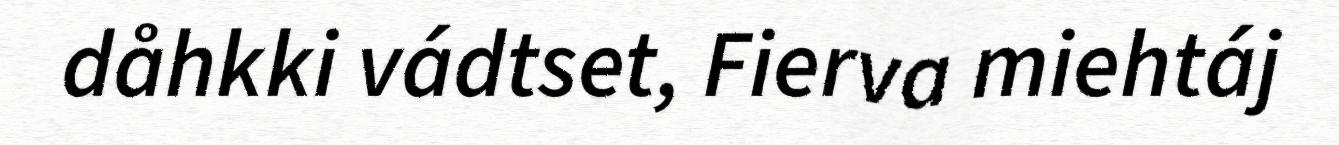
dåhkki vádtset, Fierva miehtáj